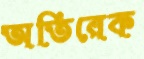
অতিরেক